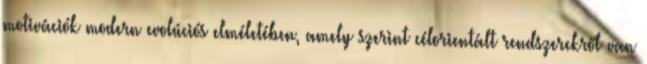
motivációk modern evolúciós elméletében, amely szerint célorientált rendszerekről van